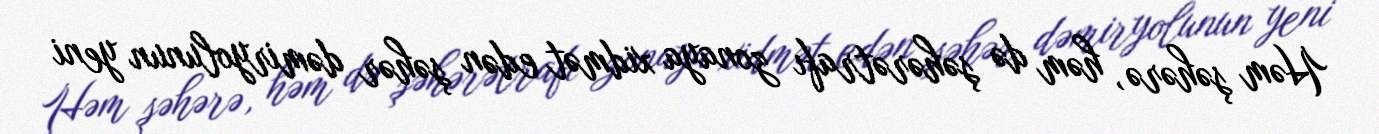
Həm şəhərə, həm də şəhərətrafı zonaya xidmət edən şəhər dəmiryolunun yeni